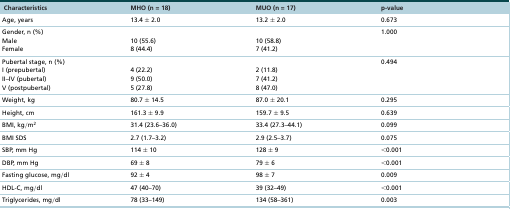
<table><thead><tr><td><b>Characteristics</b></td><td><b>MHO (n = 18)</b></td><td><b>MUO (n = 17)</b></td><td><b>p-value</b></td></tr></thead><tbody><tr><td>Age, years</td><td>13.4 ± 2.0</td><td>13.2 ± 2.0</td><td>0.673</td></tr><tr><td>Gender, n (%)MaleFemale</td><td>10 (55.6)8 (44.4)</td><td>10 (58.8)7 (41.2)</td><td>1.000</td></tr><tr><td>Pubertal stage, n (%)I (prepubertal)II–IV (pubertal)V (postpubertal)</td><td>4 (22.2)9 (50.0)5 (27.8)</td><td>2 (11.8)7 (41.2)8 (47.0)</td><td>0.494</td></tr><tr><td>Weight, kg</td><td>80.7 ± 14.5</td><td>87.0 ± 20.1</td><td>0.295</td></tr><tr><td>Height, cm</td><td>161.3 ± 9.9</td><td>159.7 ± 9.5</td><td>0.639</td></tr><tr><td>BMI, kg/m<sup>2</sup></td><td>31.4 (23.6–36.0)</td><td>33.4 (27.3–44.1)</td><td>0.099</td></tr><tr><td>BMI SDS</td><td>2.7 (1.7–3.2)</td><td>2.9 (2.5–3.7)</td><td>0.075</td></tr><tr><td>SBP, mm Hg</td><td>114 ± 10</td><td>128 ± 9</td><td>&lt;0.001</td></tr><tr><td>DBP, mm Hg</td><td>69 ± 8</td><td>79 ± 6</td><td>&lt;0.001</td></tr><tr><td>Fasting glucose, mg/dl</td><td>92 ± 4</td><td>98 ± 7</td><td>0.009</td></tr><tr><td>HDL-C, mg/dl</td><td>47 (40–70)</td><td>39 (32–49)</td><td>&lt;0.001</td></tr><tr><td>Triglycerides, mg/dl</td><td>78 (33–149)</td><td>134 (58–361)</td><td>0.003</td></tr></tbody></table>